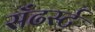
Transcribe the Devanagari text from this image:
सँढर्स्ट